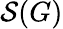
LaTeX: \mathcal{S}(G)